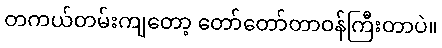
တကယ်တမ်းကျတော့ တော်တော်တာဝန်ကြီးတာပဲ။